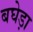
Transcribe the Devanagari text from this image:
बघेड़ा